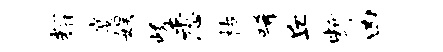
耀宴娱峻悉枯唏丘断凶